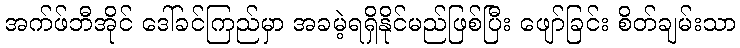
အက်ဖ်ဘီအိုင် ဒေါ်ခင်ကြည်မှာ အခမဲ့ရရှိနိုင်မည်ဖြစ်ပြီး ဖျော်ခြင်း စိတ်ချမ်းသာ